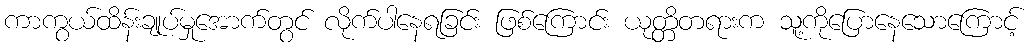
ကာကွယ်ထိန်းချုပ်မှုအောက်တွင် လိုက်ပါနေရခြင်း ဖြစ်ကြောင်း ယုတ္တိတရားက သူ့ကိုပြောနေသောကြောင့်